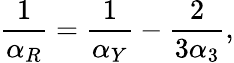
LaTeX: \frac{1}{\alpha_{R}}=\frac{1}{\alpha_{Y}}-\frac{2}{3\alpha_{3}},